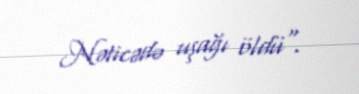
Nəticədə uşağı öldü".